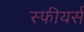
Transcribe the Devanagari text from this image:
स्फीयर्स